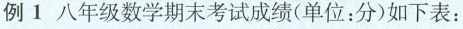
例1 八年级数学期末考试成绩(单位：分)如下表：